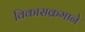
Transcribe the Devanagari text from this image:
विकासक्रमाने